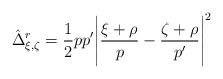
\begin{align*}\hat\Delta^r_{\xi,\zeta}=\frac12pp'\Biggl|\frac{\xi+\rho}{p}-\frac{\zeta+\rho}{p'}\Biggr|^2\end{align*}